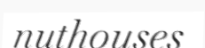
nuthouses